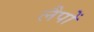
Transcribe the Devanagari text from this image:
लैपों